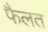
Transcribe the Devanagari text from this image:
फैलत